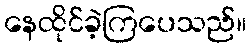
နေထိုင်ခဲ့ကြပေသည်။